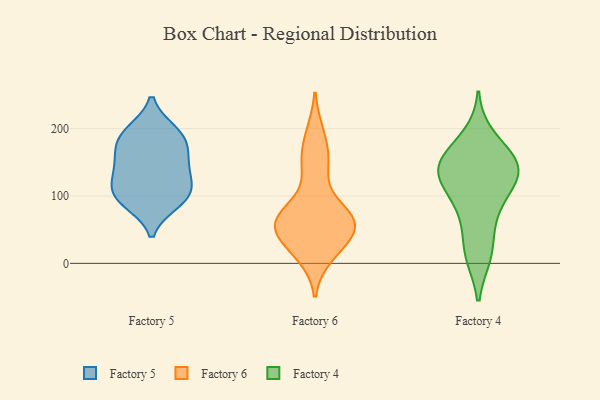
{"axis": {"x": "Page Views", "y": "Value"}, "legend": ["Factory 4", "Factory 5", "Factory 6"], "data": [{"x": "", "y": 160, "type": "Factory 5"}, {"x": "", "y": 97, "type": "Factory 5"}, {"x": "", "y": 91, "type": "Factory 5"}, {"x": "", "y": 100, "type": "Factory 5"}, {"x": "", "y": 109, "type": "Factory 5"}, {"x": "", "y": 187, "type": "Factory 5"}, {"x": "", "y": 159, "type": "Factory 5"}, {"x": "", "y": 190, "type": "Factory 5"}, {"x": "", "y": 134, "type": "Factory 5"}, {"x": "", "y": 195, "type": "Factory 5"}, {"x": "", "y": 131, "type": "Factory 5"}, {"x": "", "y": 55, "type": "Factory 6"}, {"x": "", "y": 67, "type": "Factory 6"}, {"x": "", "y": 141, "type": "Factory 6"}, {"x": "", "y": 46, "type": "Factory 6"}, {"x": "", "y": 57, "type": "Factory 6"}, {"x": "", "y": 157, "type": "Factory 6"}, {"x": "", "y": 75, "type": "Factory 6"}, {"x": "", "y": 80, "type": "Factory 6"}, {"x": "", "y": 49, "type": "Factory 6"}, {"x": "", "y": 193, "type": "Factory 6"}, {"x": "", "y": 11, "type": "Factory 6"}, {"x": "", "y": 22, "type": "Factory 6"}, {"x": "", "y": 86, "type": "Factory 4"}, {"x": "", "y": 188, "type": "Factory 4"}, {"x": "", "y": 148, "type": "Factory 4"}, {"x": "", "y": 129, "type": "Factory 4"}, {"x": "", "y": 133, "type": "Factory 4"}, {"x": "", "y": 99, "type": "Factory 4"}, {"x": "", "y": 12, "type": "Factory 4"}, {"x": "", "y": 141, "type": "Factory 4"}, {"x": "", "y": 57, "type": "Factory 4"}, {"x": "", "y": 127, "type": "Factory 4"}, {"x": "", "y": 158, "type": "Factory 4"}, {"x": "", "y": 156, "type": "Factory 4"}, {"x": "", "y": 14, "type": "Factory 4"}]}